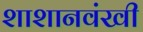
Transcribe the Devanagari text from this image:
शाशानवंखी